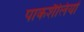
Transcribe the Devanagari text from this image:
पाकशैलियों